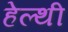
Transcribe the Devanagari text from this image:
हेल्थी